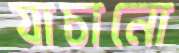
যাচানো